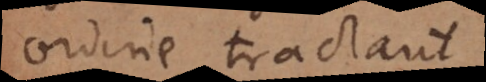
ordine tractant,